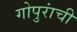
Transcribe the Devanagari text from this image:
गोपुरांची